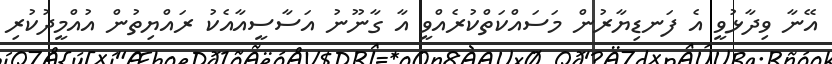
އޭނާ ވިދާޅުވީ އެ ފަނޑިޔާރުން މަސައްކަތްކުރެއްވީ އާ ގާނޫނު އަސާސީއާއެކު ރައްޔިތުން އުއްމީދުކުރި